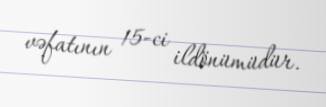
vəfatının 15-ci ildönümüdür.